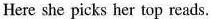
Here she picks her top reads.